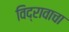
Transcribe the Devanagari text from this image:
विद्रावाचा